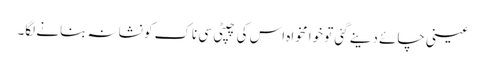
عینی چائے دینے گئی تو خوا مخواہ اس کی چپٹی سی ناک کو نشانہ بنانے لگا۔